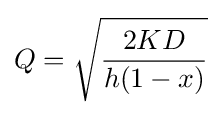
Q={\sqrt {\frac {2KD}{h(1-x)}}}